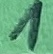
Text: 1